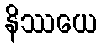
နိဿယေ